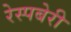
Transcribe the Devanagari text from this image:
रेस्पबेरी